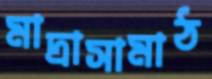
মাদ্রাসামাঠ